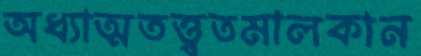
অধ্যাত্মতত্ত্বতমালকান